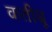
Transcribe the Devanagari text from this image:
कतीबू